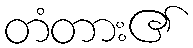
တံတား၏